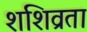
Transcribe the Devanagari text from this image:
शशिव्रता